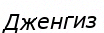
Дженгиз